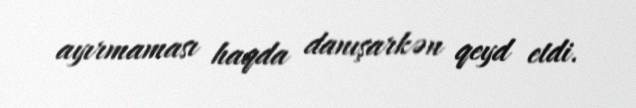
ayırmaması haqda danışarkən qeyd etdi.